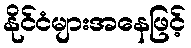
နိုင်ငံများအနေဖြင့်